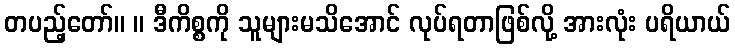
တပည့်တော်။ ။ ဒီကိစ္စကို သူများမသိအောင် လုပ်ရတာဖြစ်လို့ အားလုံး ပရိယာယ်